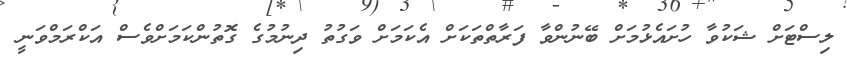
ލިސްޓަށް ޝަކުވާ ހުށައެޅުމަށް ބޭނުންވާ ފަރާތްތަކަށް އެކަމަށް ވަގުތުު ދިނުމުގެ ގޮތުންކަމަށްވެސް އަކްރަމްވަނީ